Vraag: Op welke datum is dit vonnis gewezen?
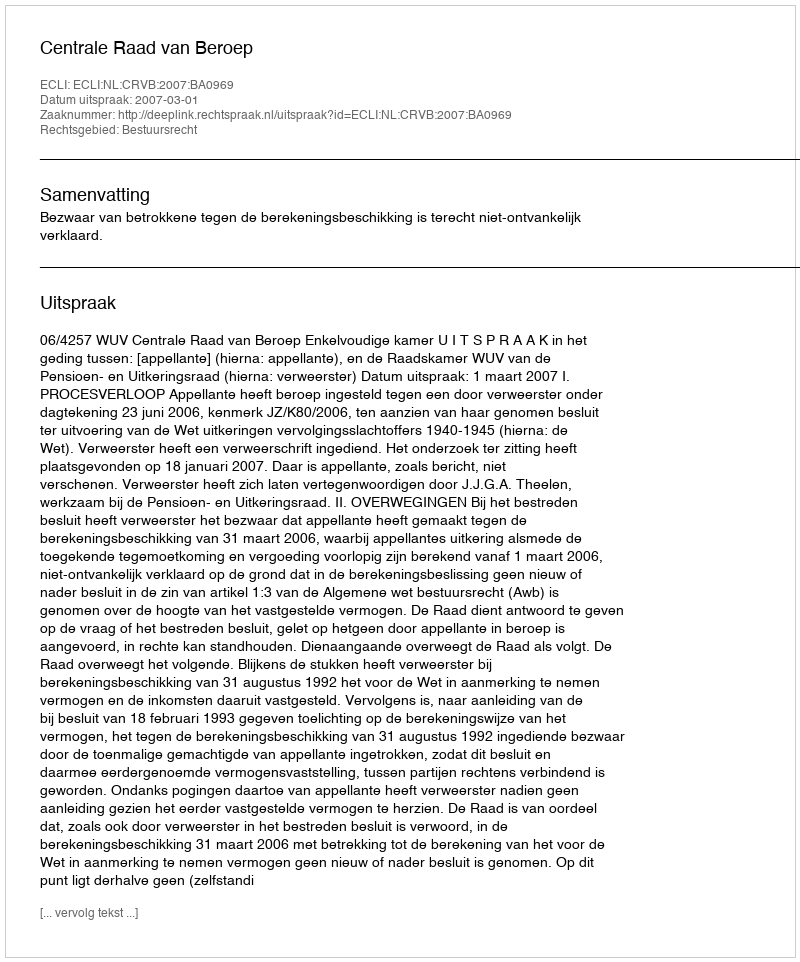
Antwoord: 2007-03-01